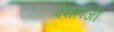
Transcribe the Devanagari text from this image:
देशलजी